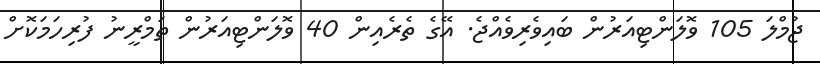
ޖުމްލަ 105 ވޮލަންޓިއަރުން ބައިވެރިވެއްޖެ. އޭގެ ތެރެއިން 40 ވޮލަންޓިއަރުން ތަމްރީނު ފުރިހަމަކޮށް